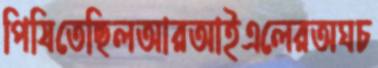
পিষিতেছিলআরআইএলেরঅঘচ